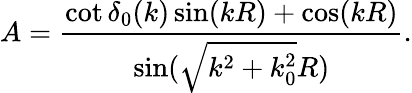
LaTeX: A=\frac{\cot\delta_{0}(k)\sin(kR)+\cos(kR)}{\sin(\sqrt{k^{2}+k_{0}^{2}}R)}.